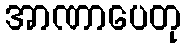
အာဏာပေတု